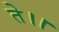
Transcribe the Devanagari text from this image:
ते।।